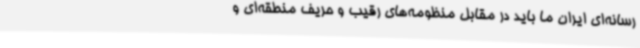
رسانه‌ای ایران ما باید در مقابل منظومه‌های رقیب و حریف منطقه‌ای و